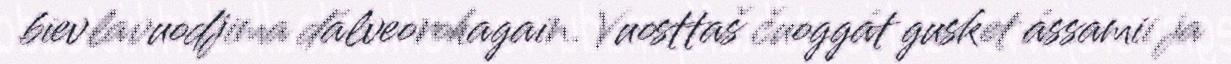
bievlavuodjima dálveorohagain. Vuosttaš čuoggát gusket ássamii ja